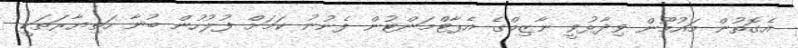
އެގޮތުން މައުމޫން ވިދާޅުވީ ނާޒިމްގެ އެޕާޓްމަންޓުން ފެނުނު ކަމަށް ފުލުހުން ބުނާ ހަތިޔާރަތަކީ